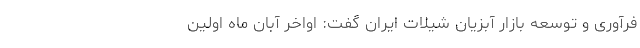
فرآوری و توسعه بازار آبزیان شیلات ایران گفت: اواخر آبان ماه اولین